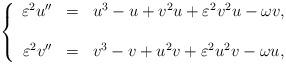
LaTeX: \begin{align*}\left\{\begin{array}{rcl} \varepsilon^2 u''&=&u^3-u+ v^2 u+ \varepsilon^2 v^2 u-\omega v, \\&&\\ \varepsilon^2v''&=&v^3-v+ u^2 v+ \varepsilon^2 u^2 v-\omega u,\end{array}\right.\end{align*}